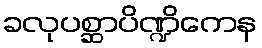
ခလုပစ္ဆာပိဏ္ဍိကေန